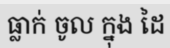
ធ្លាក់ ចូល ក្នុង ដៃ